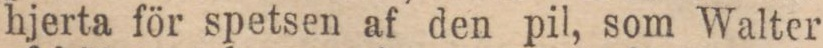
hjerta för spetsen af den pil, som Walter